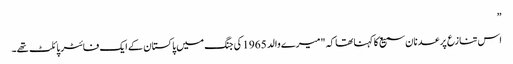
”
اس تنازع پر عدنان سمیع کا کہنا تھا کہ "میرے والد 1965 کی جنگ میں پاکستان کے ایک فائٹر پائلٹ تھے۔